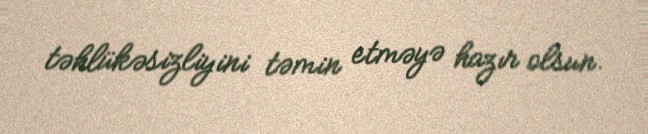
təhlükəsizliyini təmin etməyə hazır olsun.